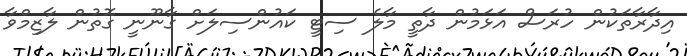
އިދާރާތަކުން ހުރަސް އަޅަމުން ދާތީ މާލެ ސިޓީ ކައުންސިލަށް ގާނޫނީ ގޮތުން ލާޒިމްވާ